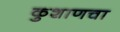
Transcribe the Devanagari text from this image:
कुशाणचा